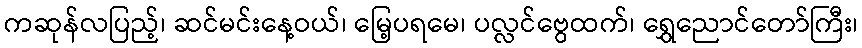
ကဆုန်လပြည့်၊ ဆင်မင်းနေ့ဝယ်၊ မြေ့ပရမေ၊ ပလ္လင်ဗွေထက်၊ ရွှေညောင်တော်ကြီး၊